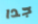
جدا